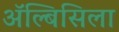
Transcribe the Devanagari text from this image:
ॲल्बिसिला